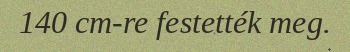
140 cm-re festették meg.